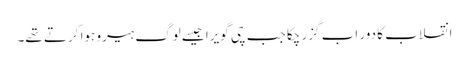
انقلاب کا دور اب گزر چکا جب چی گویرا جیسے لوگ ہیرو ہوا کرتے تھے۔